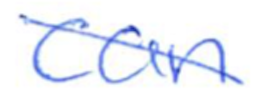
Text: can
Cross-out: diagonal
Writing tool: ballpoint